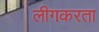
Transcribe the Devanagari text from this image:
लीगकरता